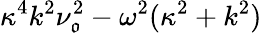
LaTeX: \kappa^{4}k^{2}\nu_{\mathfrak{o}}^{2}-\omega^{2}(\kappa^{2}+k^{2})